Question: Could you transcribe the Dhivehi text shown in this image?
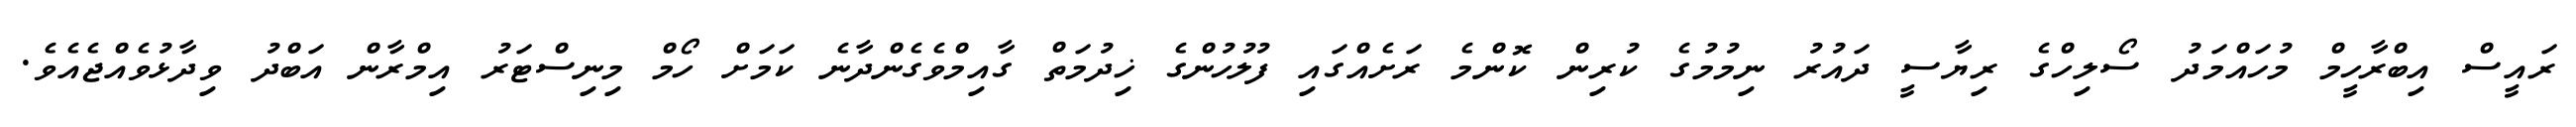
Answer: ރައީސް އިބްރާހީމް މުހައްމަދު ސޯލިހްގެ ރިޔާސީ ދައުރު ނިމުމުގެ ކުރިން ކޮންމެ ރަށެއްގައި ފުލުހުންގެ ޚިދުމަތް ގާއިމްވެގެންދާނެ ކަމަށް ހޯމް މިނިސްޓަރު އިމްރާން އަބްދު ވިދާޅުވެއްޖެއެވެ.